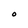
Character: O